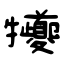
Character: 犪